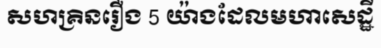
សហគ្រិនរឿង 5 យ៉ាងដែលមហាសេដ្ឋី